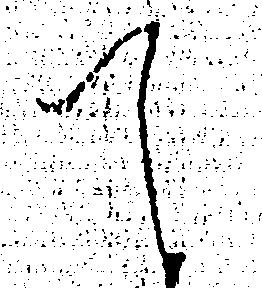
て